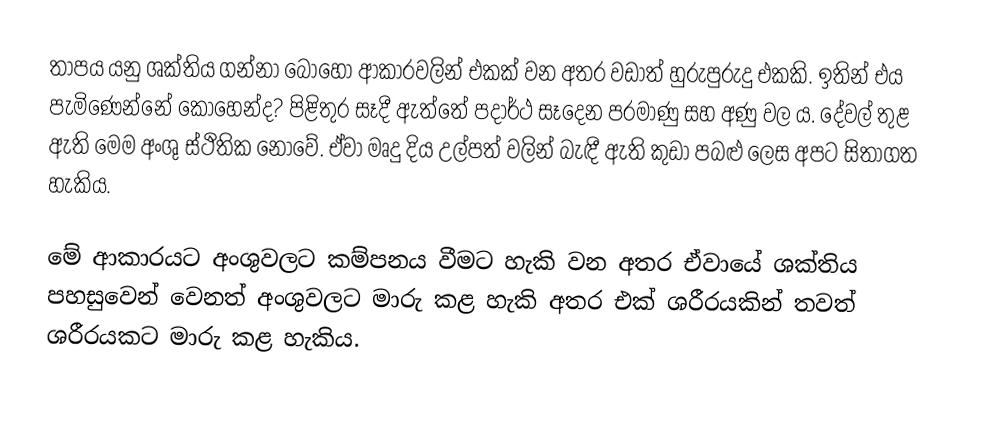
තාපය යනු ශක්තිය ගන්නා බොහෝ ආකාරවලින් එකක් වන අතර වඩාත් හුරුපුරුදු එකකි. ඉතින් එය පැමිණෙන්නේ කොහෙන්ද? පිළිතුර සෑදී ඇත්තේ පදාර්ථ සෑදෙන පරමාණු සහ අණු වල ය. දේවල් තුළ ඇති මෙම අංශු ස්ථිතික නොවේ. ඒවා මෘදු දිය උල්පත් වලින් බැඳී ඇති කුඩා පබළු ලෙස අපට සිතාගත හැකිය.

මේ ආකාරයට අංශුවලට කම්පනය වීමට හැකි වන අතර ඒවායේ ශක්තිය පහසුවෙන් වෙනත් අංශුවලට මාරු කළ හැකි අතර එක් ශරීරයකින් තවත් ශරීරයකට මාරු කළ හැකිය.